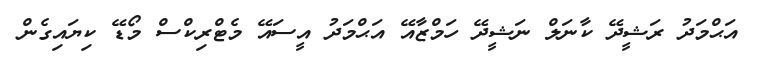
އަޙްމަދު ރަޝީދޭ ކާނަލް ނަޝީދޭ ހަމްޒާއޭ އަޙްމަދު އީސައޭ މެޓްރިކްސް މޯޑޭ ކިޔައިގެން